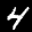
Label: 4